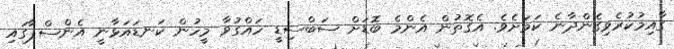
ގާއިމުކުރެވިގެންދާނެ ކަމަށެވެ. އެގޮތުން އެންމެ ބޮޑަށް ސަބްސިޑީ ހައްގުވާ މީހުން ކަނޑައަޅާނީ އެންސްޕާގައި